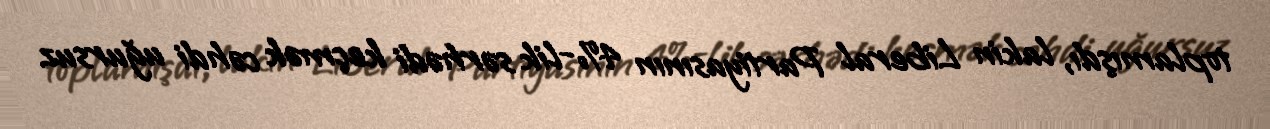
toplamışdı, lakin Liberal Partiyasının 4%-lik sərhədi keçmək cəhdi uğursuz